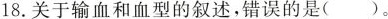
18. 关于输血和血型的叙述，错误的是( )。